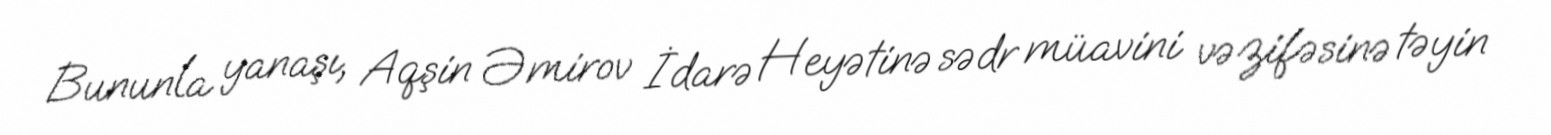
Bununla yanaşı, Aqşin Əmirov İdarə Heyətinə sədr müavini vəzifəsinə təyin